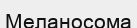
Меланосома